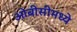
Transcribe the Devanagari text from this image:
ओबीसीमध्ये